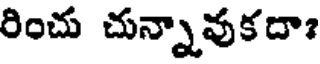
రించు చున్నావుకదా?